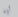
أوه